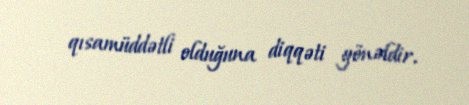
qısamüddətli olduğuna diqqəti yönəldir.